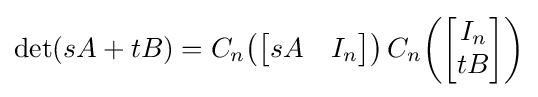
\det(sA+tB)=C_{n}\!\left({\begin{bmatrix}sA&I_{n}\end{bmatrix}}\right)C_{n}\!\left({\begin{bmatrix}I_{n}\\tB\end{bmatrix}}\right)